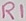
Text: R1